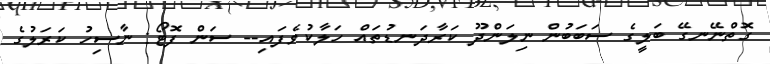
ގޮތްނޭނގޭ ބަލީގެ ސަބަބުން ނިލަންދޫ ކަރާދަނޑުތައްް ހަލާކުވެފައި-- ސަން ފޮޓޯ: ނާސިހު ކަރަލުގެ